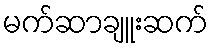
မက်ဆာချူးဆက်